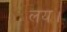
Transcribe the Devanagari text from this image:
लय।